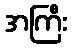
အကြီး